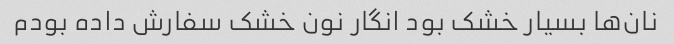
نان‌ها بسیار خشک بود انگار نون خشک سفارش داده بودم